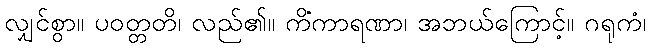
လျှင်စွာ။ ပဝတ္တတိ၊ လည်၏။ ကိံကာရဏာ၊ အဘယ်ကြောင့်။ ဂရုကံ၊